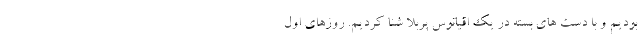
بودیم و با دست های بسته در یک اقیانوس پربلا شنا کردیم. روزهای اول